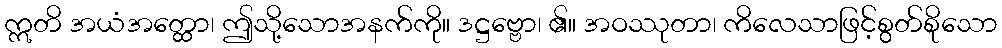
ဣတိ အယံအတ္ထော၊ ဤသို့သောအနက်ကို။ ဒဋ္ဌဗ္ဗော၊ ၏။ အဝဿုတာ၊ ကိလေသာဖြင့်စွတ်စိုသော